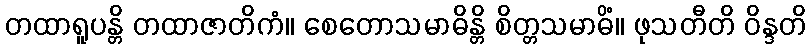
တထာရူပန္တိ တထာဇာတိကံ။ စေတောသမာဓိန္တိ စိတ္တသမာဓိံ။ ဖုသတီတိ ဝိန္ဒတိ